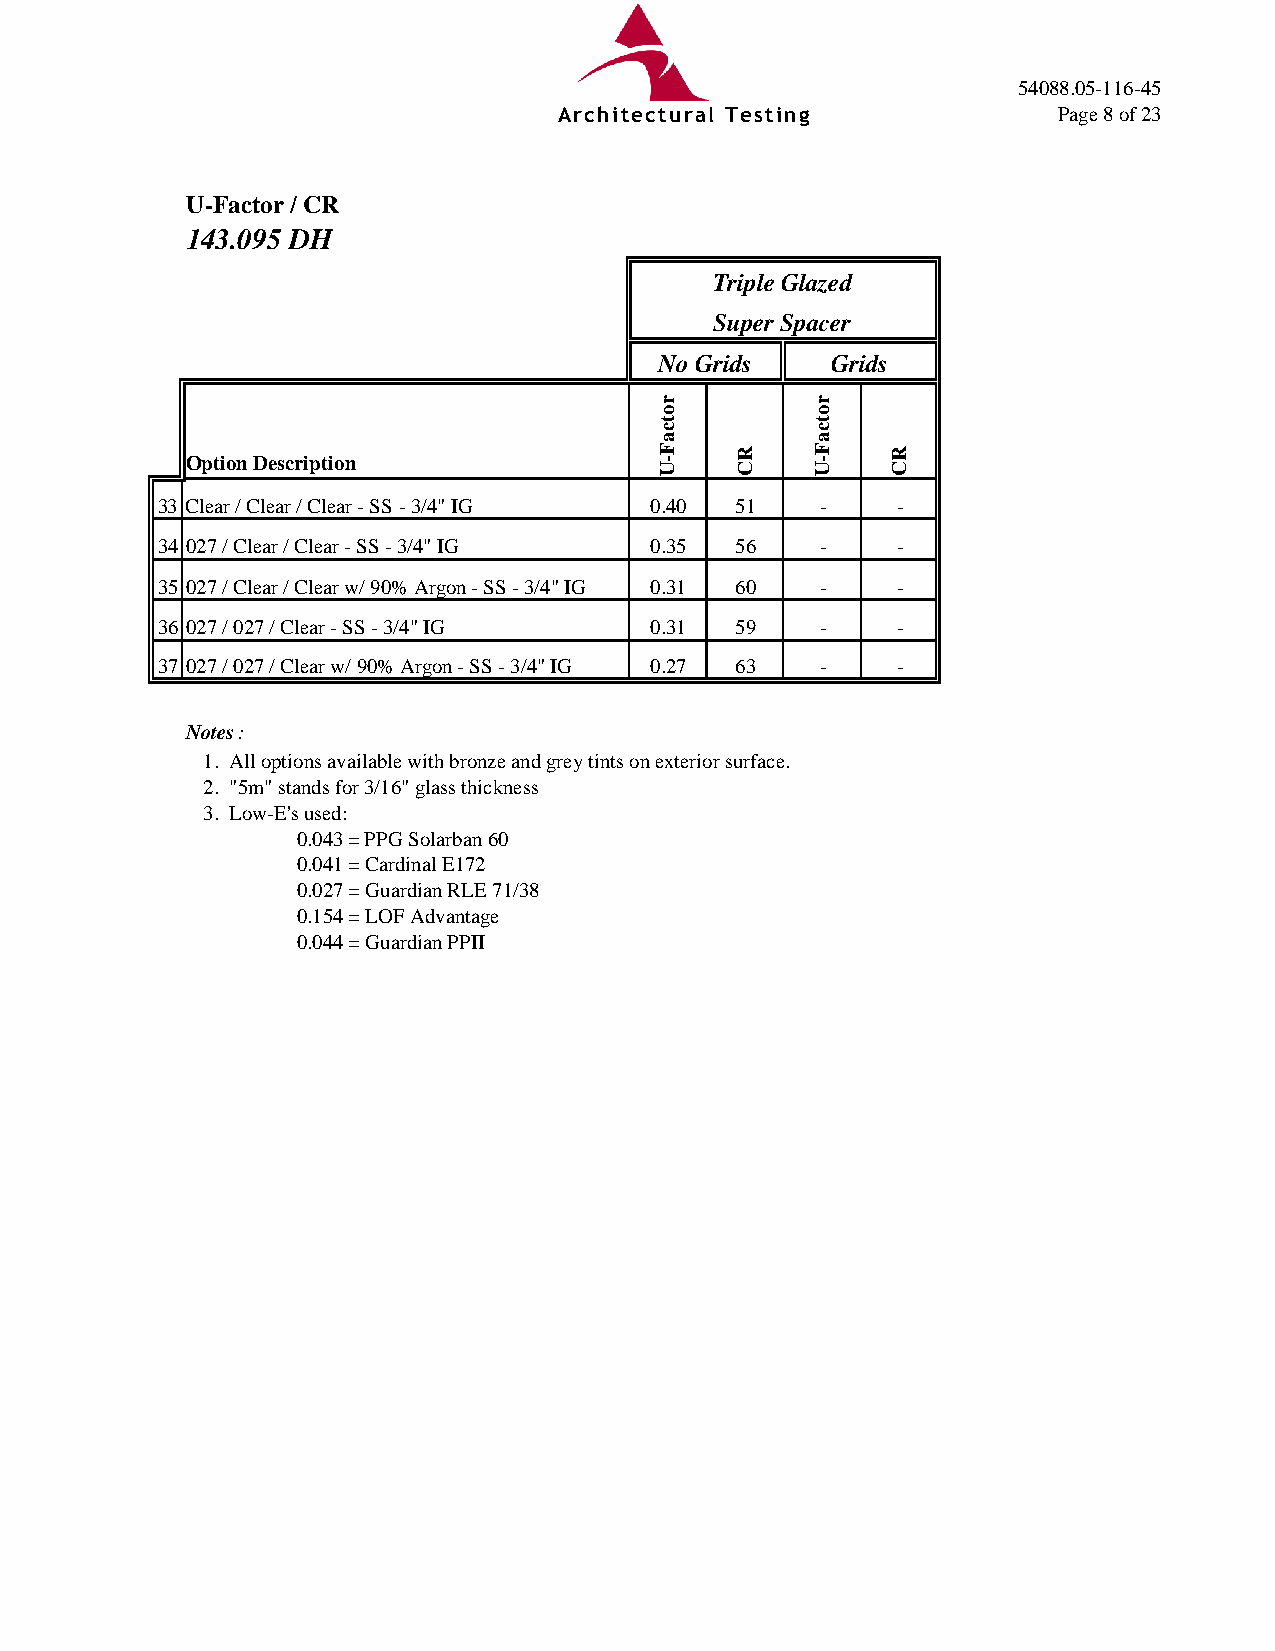
54088.05-116-45
 Architectural Testing            Page 8 of 23
 U-Factor / CR
 143.095 DH
 Triple Glazed
 Super Spacer
 No Grids   Grids
 Option Description
 33 Clear / Clear / Clear - SS - 3/4" IG 0.40 51 - -
 34 027 / Clear / Clear - SS - 3/4" IG 0.35 56 -  -
 35 027 / Clear / Clear w/ 90% Argon - SS - 3/4" IG 0.31 60 - -
 36 027 / 027 / Clear - SS - 3/4" IG 0.31 59 -    -
 37 027 / 027 / Clear w/ 90% Argon - SS - 3/4" IG 0.27 63 - -
 Notes:
 1. All options available with bronze and grey tints on exterior surface.
 2. "5m" stands for 3/16" glass thickness
 3. Low-E's used:
 0.043 = PPG Solarban 60
 0.041 = Cardinal E172
 0.027 = Guardian RLE 71/38
 0.154 = LOF Advantage
 0.044 = Guardian PPII
 rotcaF-U
 RC
 rotcaF-U
 RC